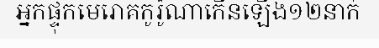
អ្នកផ្ទុកមេរោគកូរ៉ូណាកើនឡើង១២នាក់